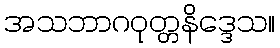
အသဘာဂဝုတ္တနိဒ္ဒေသ။